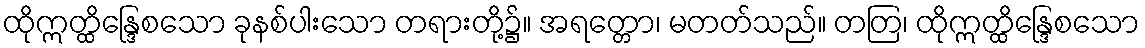
ထိုဣတ္ထိန္ဒြေစသော ခုနစ်ပါးသော တရားတို့၌။ အရတ္တော၊ မတတ်သည်။ တတြ၊ ထိုဣတ္ထိန္ဒြေစသော